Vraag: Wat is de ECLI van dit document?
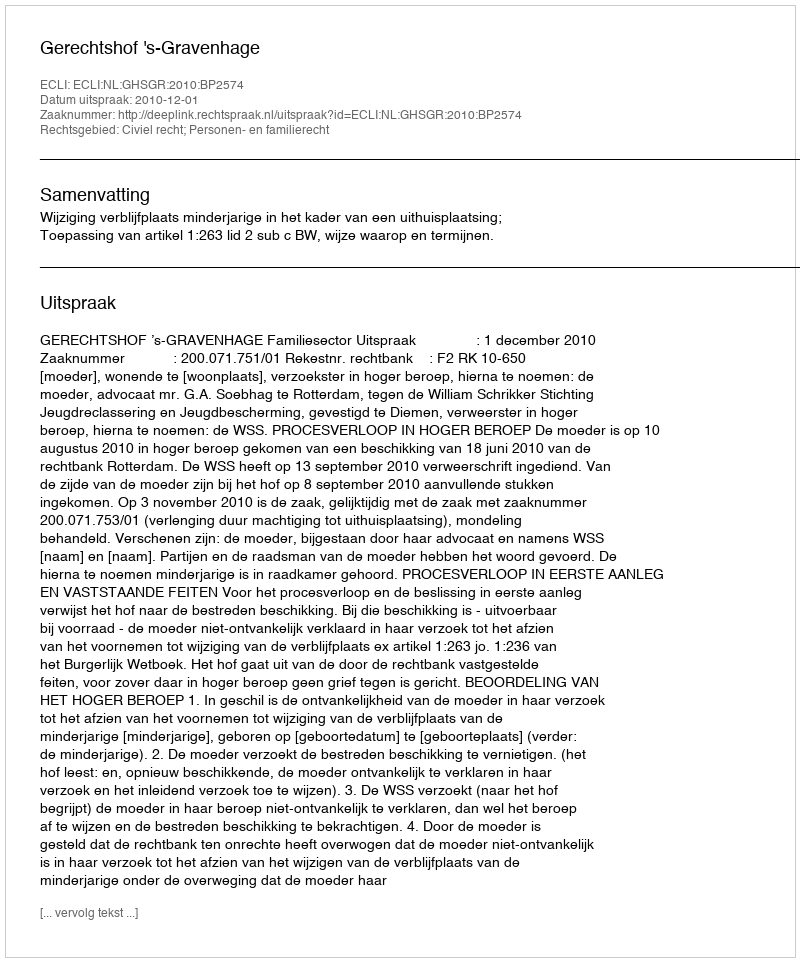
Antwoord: ECLI:NL:GHSGR:2010:BP2574